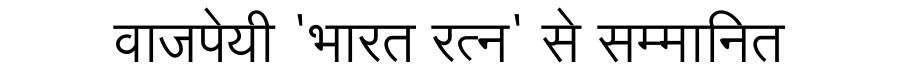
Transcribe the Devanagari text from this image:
वाजपेयी 'भारत रत्न' से सम्मानित